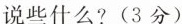
说些什么?(3分)